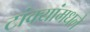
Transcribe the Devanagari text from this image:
टांक्यांमधले